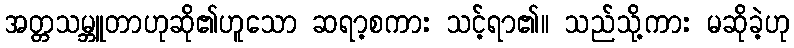
အတ္တသမ္ဘူတာဟုဆို၏ဟူသော ဆရာ့စကား သင့်ရာ၏။ သည်သို့ကား မဆိုခဲ့ဟု